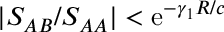
| S _ { A B } / S _ { A A } | < \mathrm { e } ^ { - \gamma _ { 1 } R / c }